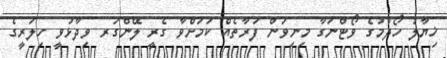
ޚިޔާލު ހޯދުމުގެ ވޯޓްނަގާ މިނިވަން ފަރާތެއް ކަމަށްވާ ގެރީ ލޭންގަރ ވިދާޅުވީ ހިލަރީގެ